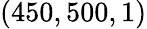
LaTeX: (450,500,1)